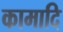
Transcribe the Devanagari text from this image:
कामादि